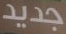
جديد